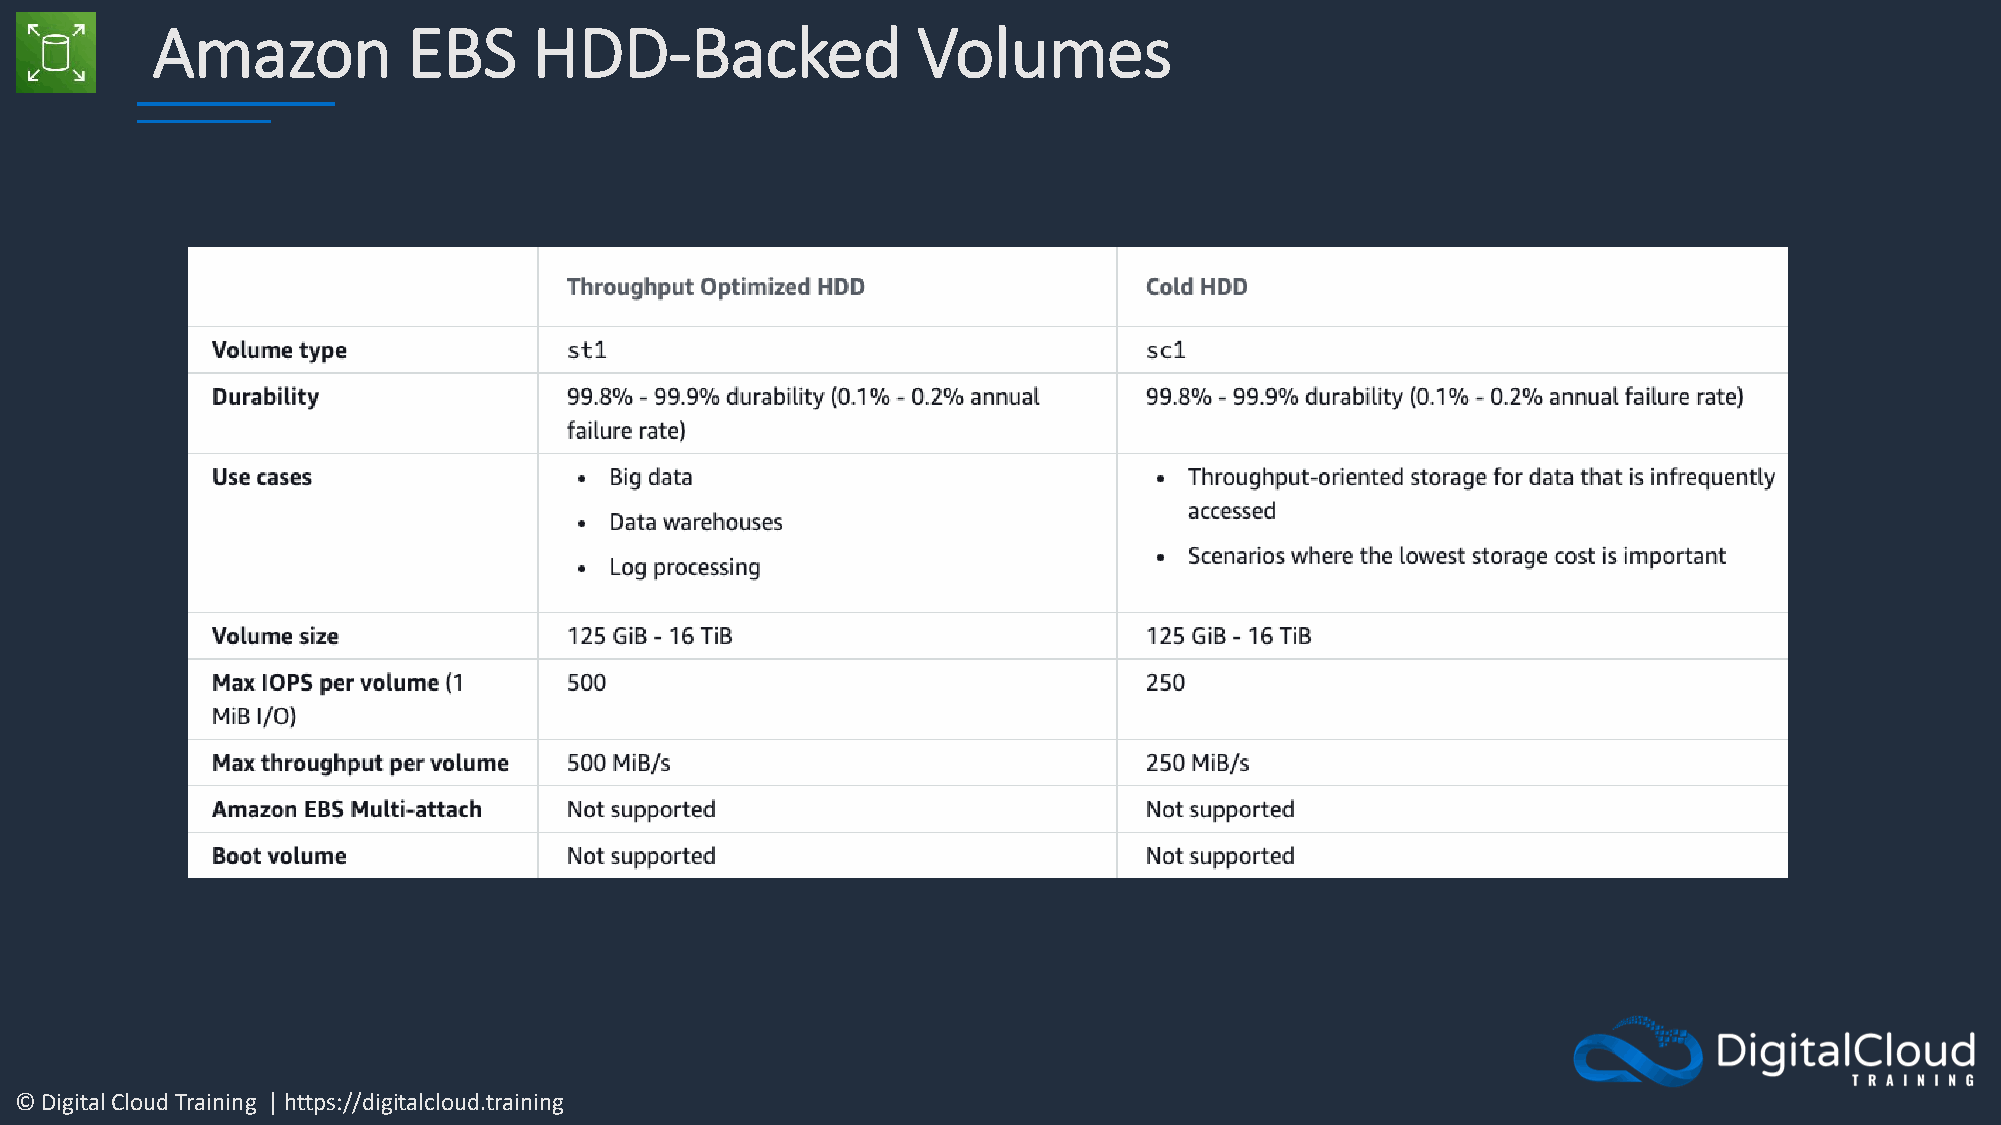
Amazon           EBS     HDD-Backed                Volumes
 © Digital Cloud Training | https://digitalcloud.training